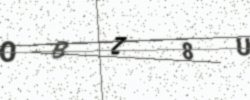
Text: OBZ8U